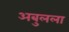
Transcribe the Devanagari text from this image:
अबुलला